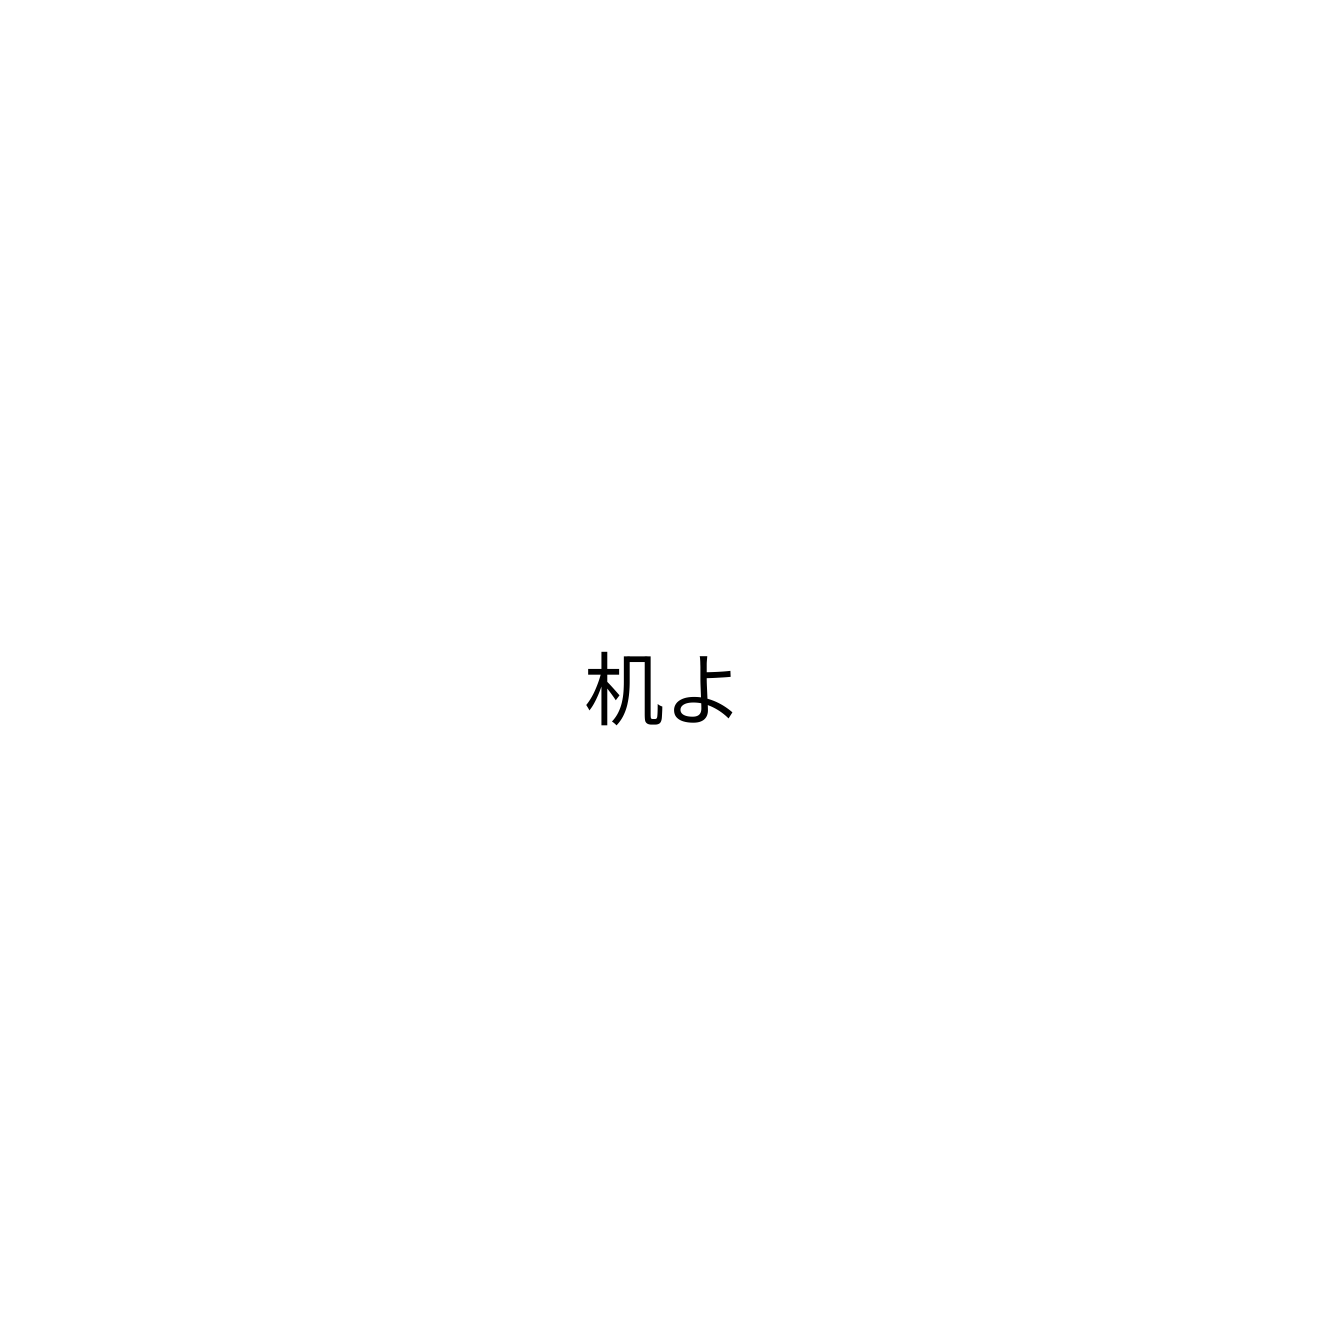
机よ